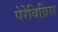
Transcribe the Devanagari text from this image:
पेरेबिय्निस